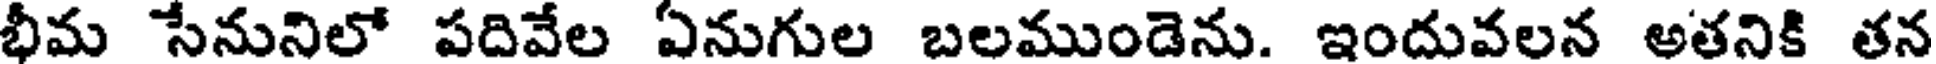
భీమ సేనునిలో పదివేల ఏనుగుల బలముండెను. ఇందువలన అతనికి తన